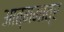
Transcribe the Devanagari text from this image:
आत्ममात्र